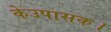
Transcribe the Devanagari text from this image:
केउपासक।